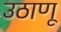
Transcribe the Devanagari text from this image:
उठाणू